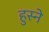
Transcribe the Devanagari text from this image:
हुस्ने